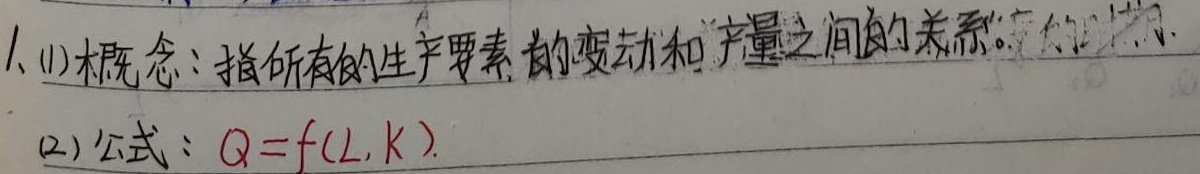
1. (1) 概念：指所有的生产要素的变动和产量之间的关系。(2) 公式：\(Q = f(L,K)\)。